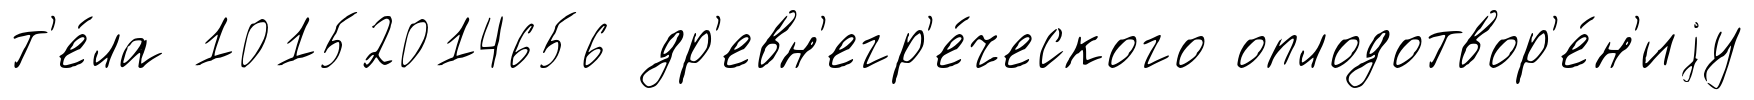
т'е́ла 10152014656 др'евн'егр'е́ческого оплодотвор'е́н'иjу